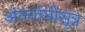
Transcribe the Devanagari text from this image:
अंतर्यामीसूत्र